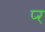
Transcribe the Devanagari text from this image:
प्‍र